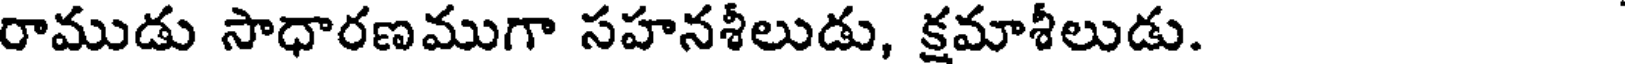
రాముడు సాధారణముగా సహనశీలుడు, క్రమాశీలుడు.